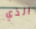
الذي